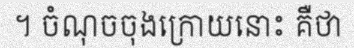
។ ចំណុចចុងក្រោយនោះ គឺថា